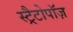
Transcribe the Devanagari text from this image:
स्ट्रैटोपॉज़